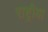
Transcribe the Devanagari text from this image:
राष्ट्रीया